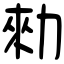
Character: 勑